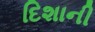
દિશાની